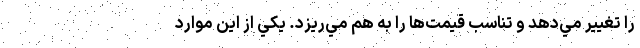
را تغيير مي‌دهد و تناسب قيمت‌ها را به هم مي‌ريزد. يكي از اين موارد